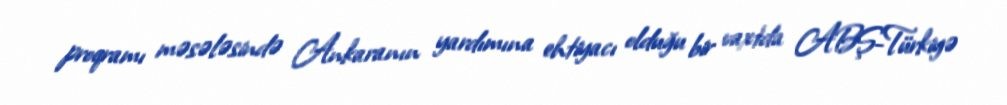
proqramı məsələsində Ankaranın yardımına ehtiyacı olduğu bir vaxtda ABŞ-Türkiyə